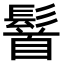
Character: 䭮